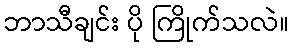
ဘာသီချင်း ပို ကြိုက်သလဲ။